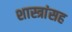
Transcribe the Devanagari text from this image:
शास्त्रांसह